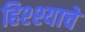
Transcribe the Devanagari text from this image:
हिश्श्याचे